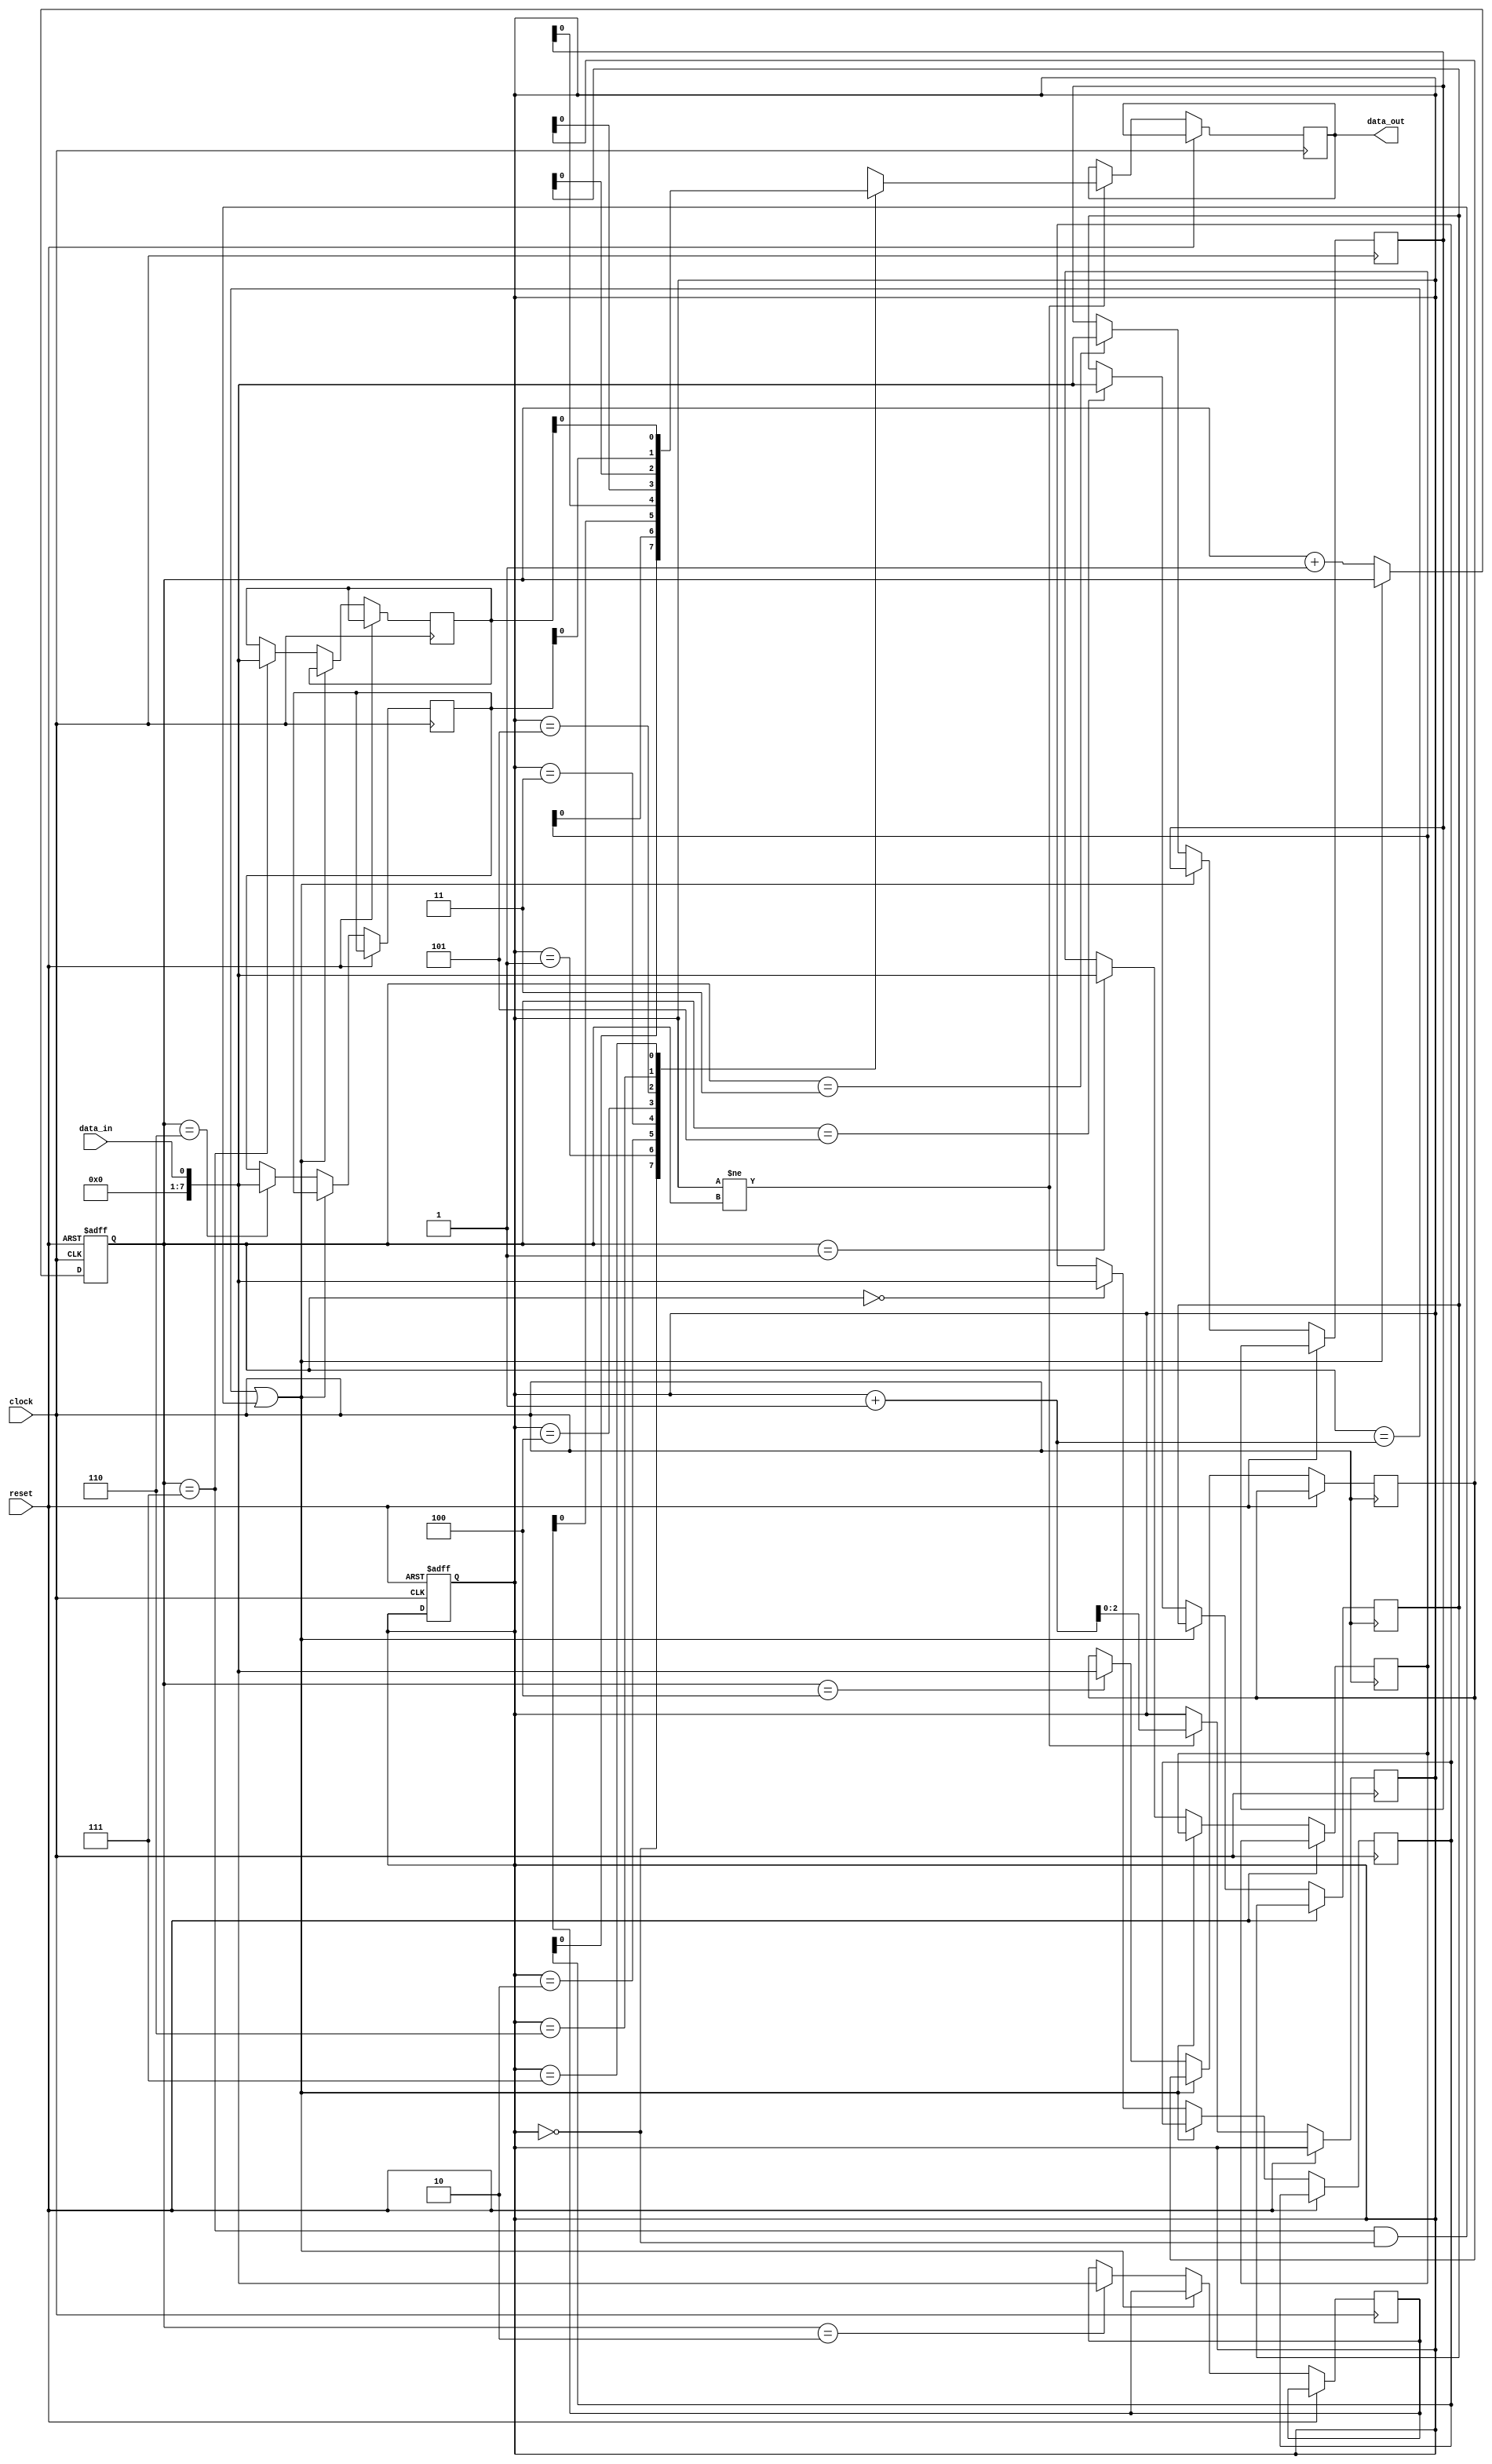
module fifo_buffer(
    input wire clock,
    input wire reset,
    input wire data_in,
    output wire data_out
);

reg [7:0] fifo[0:7];
reg [2:0] read_ptr, write_ptr;

always @(posedge clock or posedge reset) begin
    if (reset) begin
        read_ptr <= 3'b000;
        write_ptr <= 3'b000;
    end else begin
        if (write_ptr == read_ptr + 1 || (write_ptr == 3'b111 && read_ptr == 3'b000)) begin
            // buffer full
        end else begin
            fifo[write_ptr] <= data_in;
            write_ptr <= write_ptr + 1;
        end
    end
end

always @(posedge clock or posedge reset) begin
    if (reset) begin
        // do nothing
    end else begin
        if (read_ptr != write_ptr) begin
            data_out <= fifo[read_ptr];
            read_ptr <= read_ptr + 1;
        end
    end
end

endmodule